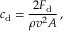
c _ { \mathrm { d } } = { \frac { 2 F _ { \mathrm { d } } } { \rho v ^ { 2 } A } } \, ,